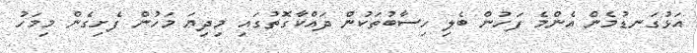
އަޅުގަނޑުމެން އެންމެ ފަހުން ބެލި ހިސާބުތަކުން ދައްކާގޮތުގައި މިދިޔަ މަހުން ފެށިގެން މިމަހު